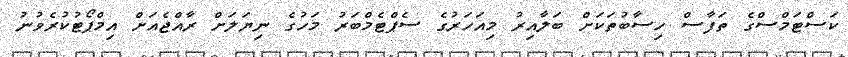
ކަސްޓަމްސްގެ ތަފާސް ހިސާބުތަކަށް ބަލާއިރު މިއަހަރުގެ ސެޕްޓެމްބަރު މަހުގެ ނިޔަލަށް ރާއްޖެއަށް އިމްޕޯޓުކުރެވުނު